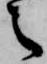
之